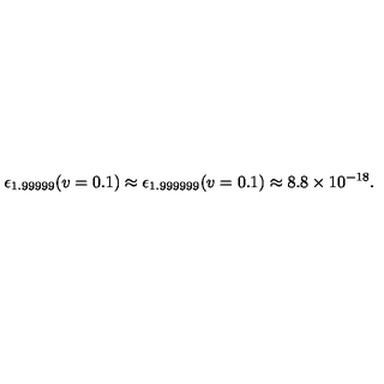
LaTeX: \epsilon _ { 1 . 9 9 9 9 9 } ( v = 0 . 1 ) \approx \epsilon _ { 1 . 9 9 9 9 9 9 } ( v = 0 . 1 ) \approx 8 . 8 \times 1 0 ^ { - 1 8 } .